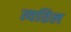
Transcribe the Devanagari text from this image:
त्यतिल